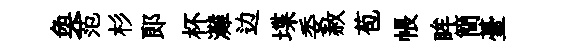
奐范杉郞杯灘边堞委赦苞帳眸簡䑓